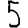
Digit: 5